V__Kingissepa_nim__kolhoos, lk 83
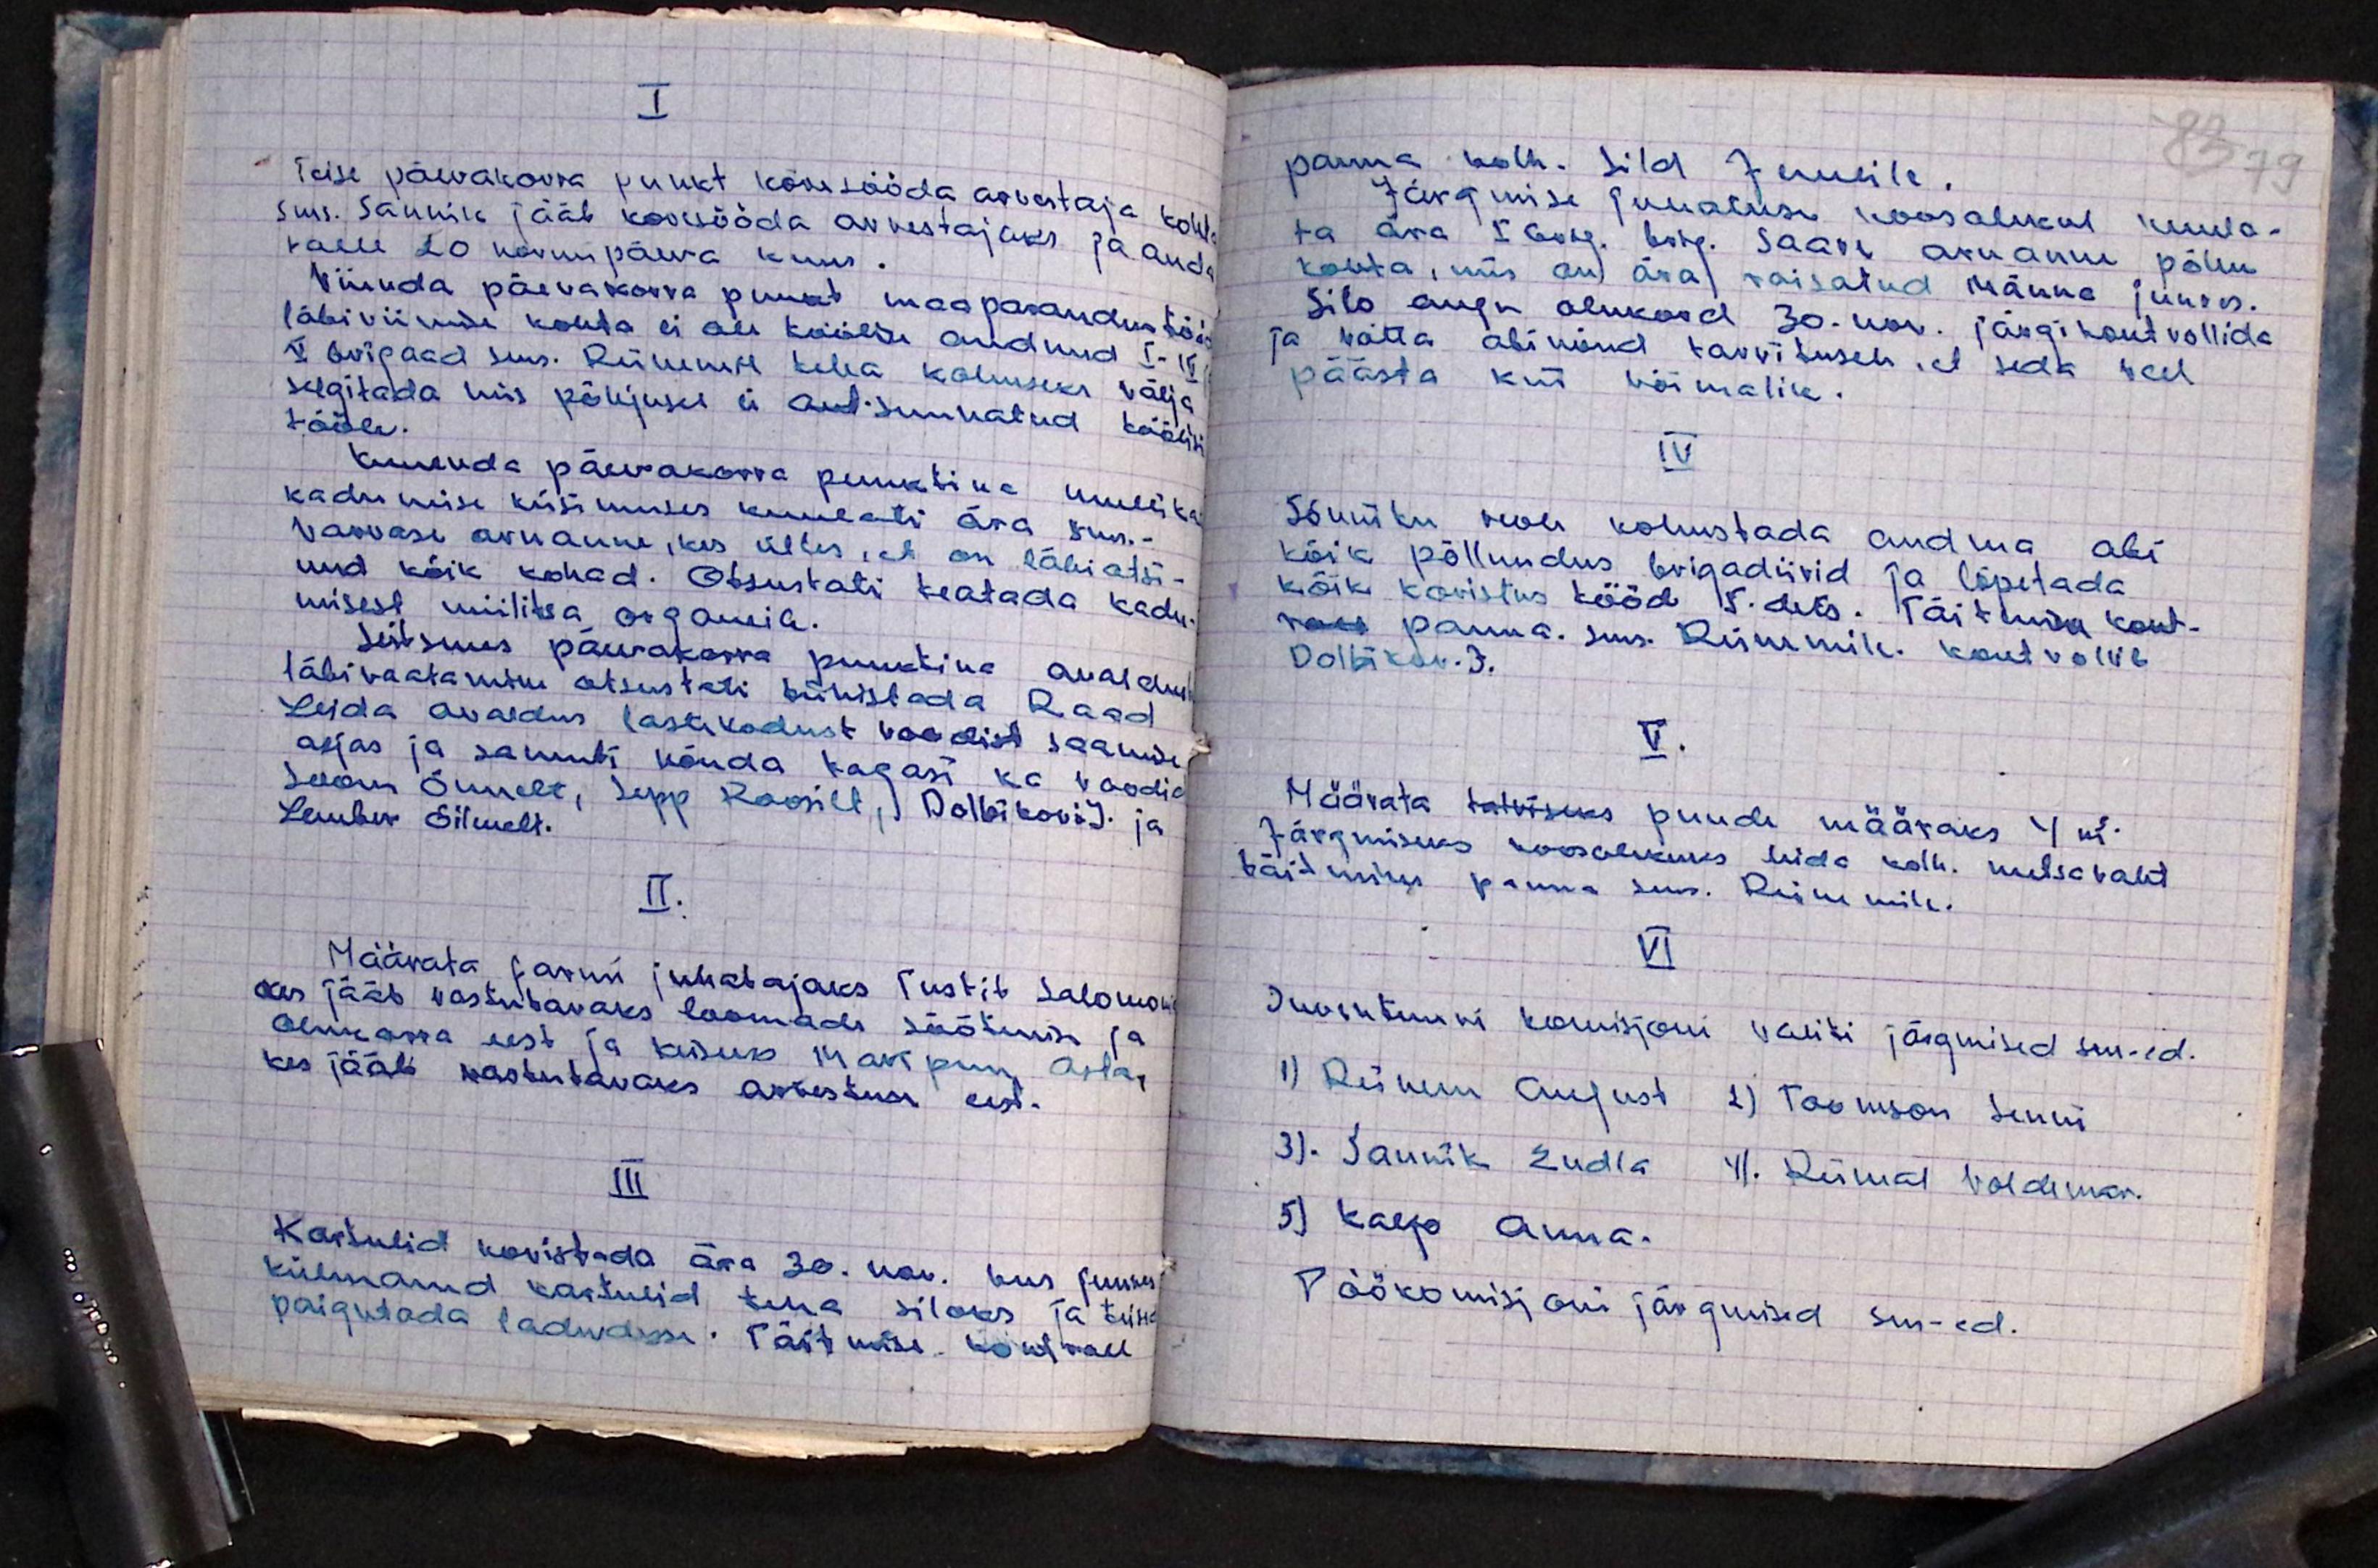
I
Teise päevakorra punkt korisööda arvestaja kohta
sms. Sannik jääb korisööda arvestajaks ja and-
talle 20 normipäeva kuus.
Viienda päevakorra punkt maaparandustööde
läbiviimise kohta ei ole töölisi andnud I - IV ja
V. brigaad sms. Reinemil teha kohuseks välja
selgitada mis põhjusel ei andi suunatud töölisi
tööle.
Kuuenda päevakorra punktina mullika
kadumise küsimuses kuulati ära sms.-
Varvase aruanne, kes ütles, et on läbiotsi-
nud kõik kohad. Otsustati teatada kadu-
misest miilitsa organeid.
Seitsmes päevakorra punktina avalduse
läbivaatamine otsustati tühistada Raad
Leida avaldus lastekodust voodist saamise
asjas ja samuti nõuda tagasi ka voodid
Soon Õnnelt, Sepp Roosilt, Dolbikovi J. ja
Lember Silmelt.
II.
Määrata farmi juhatajaks Tustit Salomoni
kes jääb vastutavaks loomade söötmise ja
olukorra eest ja kusuk Maripuu Asta,
kes jääb vastutavaks arvestuse eest.
III
Kartulid koristada ära 30. nov. kus juures
külmanud kartulid tema siloks ja teised
paigutada ladudesse. Täitmise kontroll

83 79
panna kolh. Sild Juulile.
Järgmisel juhatuse koosolekul kuula-
ta ära I Brig. brig. Saare aruanne põllu
kohta, mis on ära raisatud Männe juures.
Silo augu olukord 30. nov. järgi kontrollida
ja võtta abinõud tarvitusele, et seda veel
päästa kui võimalik.
IV
Sõnniku veole kohustada andma abi
kõik põllundus brigadiirid ja lõpetada
kõik koristus tööd 15. dets. Täitmise kont-
roll раnnа sms. Reinemile. Kontrollib
Dolbikov J.
V.
Määrata talviseks puude määraks 4 m3.
Järgmiseks koosolekuks leida kolh. metsavaht
täitmises panna sms. Reinemile.
VI
Inventuuri komisjoni valiti järgmised sms-ed.
1) Reinem August, 2) Toomson Senni,
3). Saunik Endla 4). Rümad Voldemar.
5) Kaego Anna.
Töökomisjoni järgmised sms-ed.